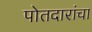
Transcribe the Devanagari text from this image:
पोतदारांचा